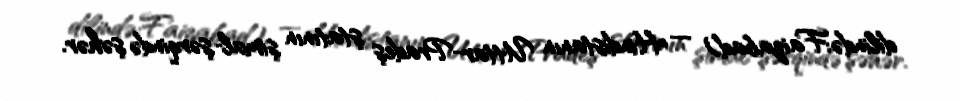
dilində:Faizabad) — Hindistanın Uttar-Pradeş ştatının şimal-şərqində şəhər.